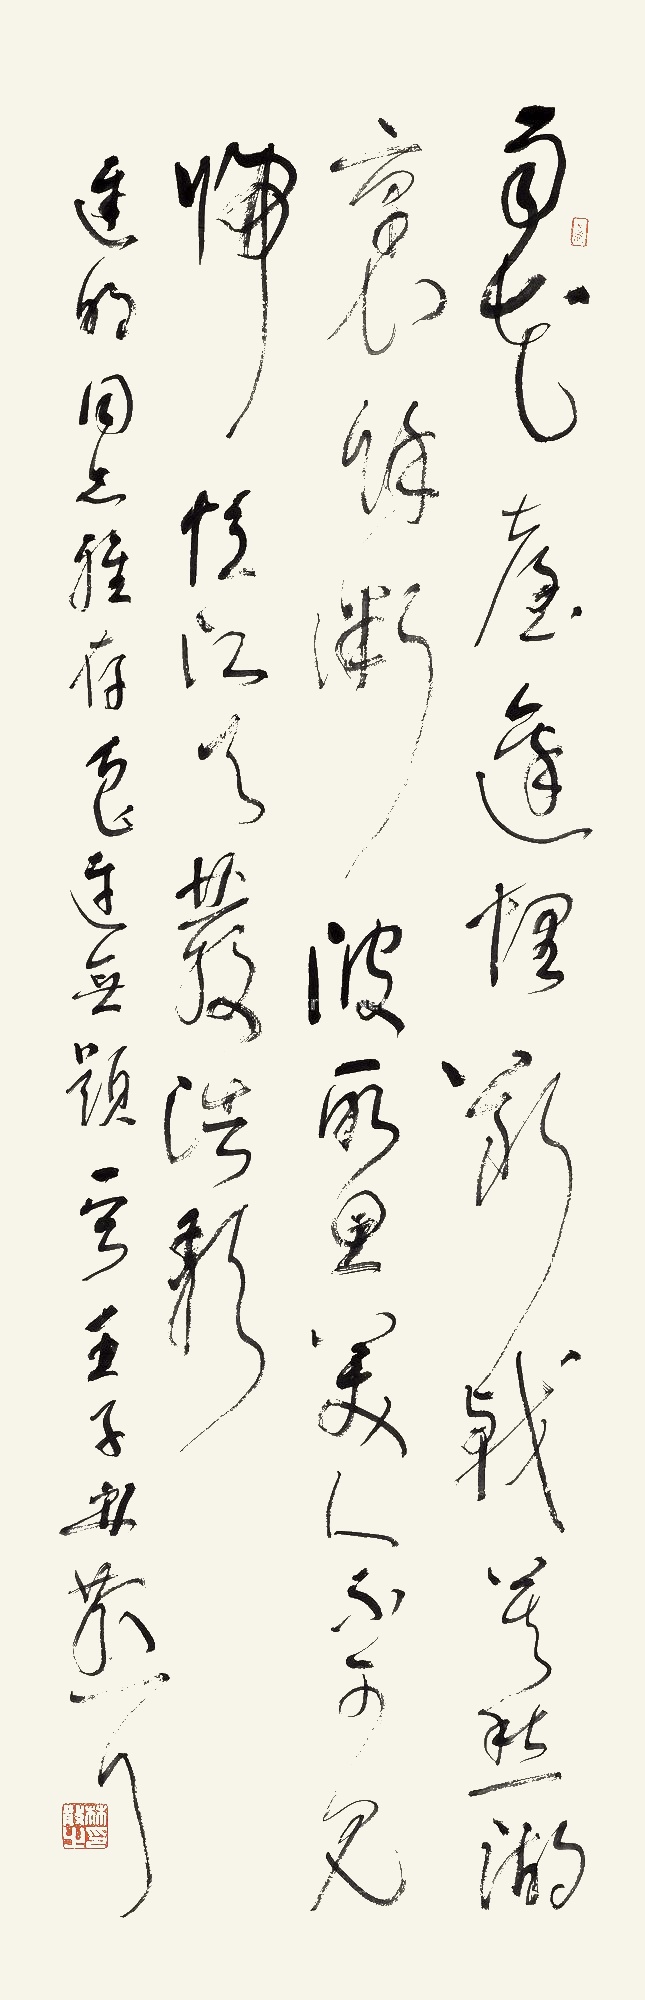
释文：雨花台边埋断戟，莫愁湖里余微波。所思美人不可见，归忆江天发浩歌。迟明同志雅存，鲁迅《无题》一首。壬子，林散耳。